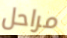
مراحل